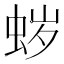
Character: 𱿡